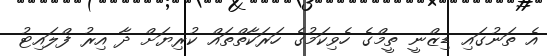
އެ ތަނުގައި ޑިޒްނީ ތީމްގެ ހެވިކަމުގެ ހަރަކާތްތައް ކުރިޔަށް ދާ އިރު ފްލައިޓު